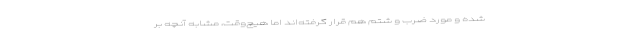
شده و مورد ضرب و شتم هم قرار گرفته‌اند اما هيچ‌وقت، مشابه آنچه بر